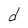
Character: d